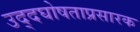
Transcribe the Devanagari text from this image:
उद्दघोषताप्रसारक